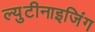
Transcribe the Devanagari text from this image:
ल्युटीनाइजिंग